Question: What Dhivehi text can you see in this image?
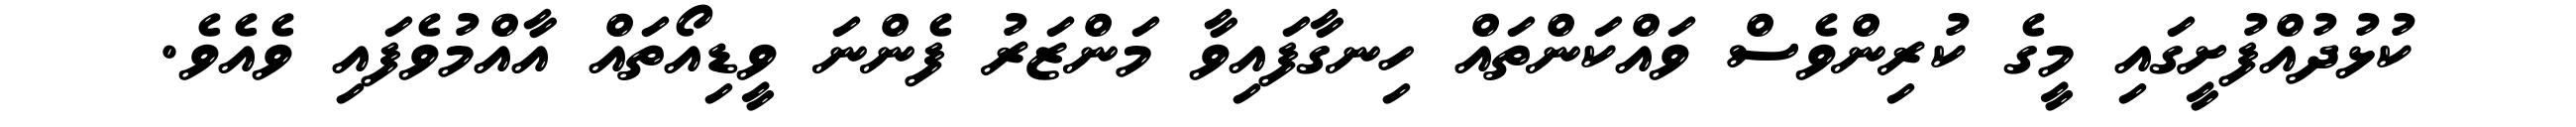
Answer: ކުޅުދުއްފުށީގައި މީގެ ކުރިންވެސް ވައްކަންތައް ހިނގާފައިވާ މަންޒަރު ފެންނަ ވީޑިއޯތައް އާއްމުވެފައި ވެއެވެ.